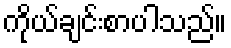
ကိုယ်ချင်းစာပါသည်။